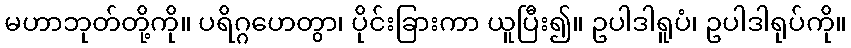
မဟာဘုတ်တို့ကို။ ပရိဂ္ဂဟေတွာ၊ ပိုင်းခြားကာ ယူပြီး၍။ ဥပါဒါရူပံ၊ ဥပါဒါရုပ်ကို။